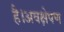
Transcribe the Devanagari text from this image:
है।अवक्षेपण